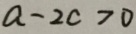
a - 2 c > 0